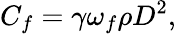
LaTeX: {C_{f}}=\gamma\omega_{f}\rho D^{2},